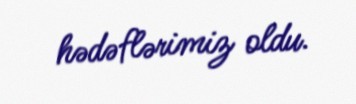
hədəflərimiz oldu.